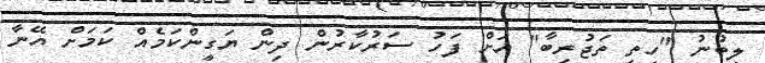
ލިބުނު "ހިތި ތަޖުރިބާ" އަށް ފަހު ސަރުކާރުން ދިން ޔަގީންކަމެއް ކަމަށް އޭނާ